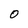
Character: 0